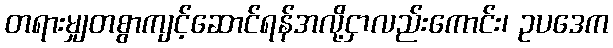
တရားမျှတစွာကျင့်ဆောင်ရန်အလို့ငှာလည်းကောင်း၊ ဥပဒေက